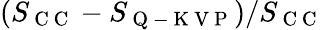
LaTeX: (S_{\mathrm{~C~C~}}-S_{\mathrm{~Q~-~K~V~P~}})/S_{\mathrm{~C~C~}}